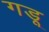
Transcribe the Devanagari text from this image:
गडू